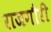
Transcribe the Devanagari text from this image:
राजगौरी